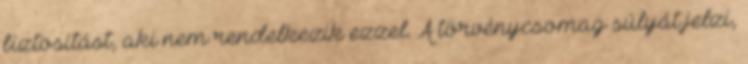
biztosítást, aki nem rendelkezik ezzel. A törvénycsomag súlyát jelzi,